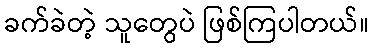
ခက်ခဲတဲ့ သူတွေပဲ ဖြစ်ကြပါတယ်။